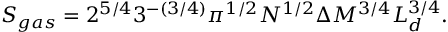
S _ { g a s } = 2 ^ { 5 / 4 } 3 ^ { - ( 3 / 4 ) } \pi ^ { 1 / 2 } N ^ { 1 / 2 } \Delta M ^ { 3 / 4 } L _ { d } ^ { 3 / 4 } .